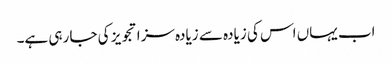
اب یہاں اس کی زیادہ سے زیادہ سزا تجویز کی جا رہی ہے۔